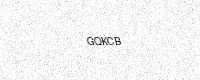
Text: GQKCB